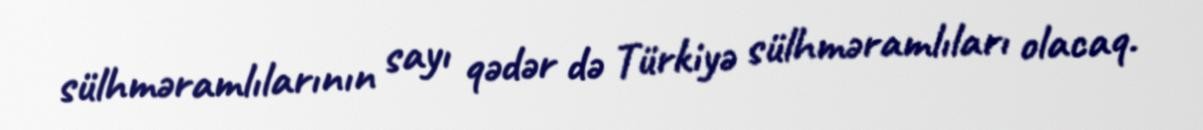
sülhməramlılarının sayı qədər də Türkiyə sülhməramlıları olacaq.